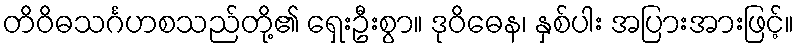
တိဝိဓသင်္ဂဟစသည်တို့၏ ရှေးဦးစွာ။ ဒုဝိဓေန၊ နှစ်ပါး အပြားအားဖြင့်။